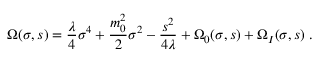
\Omega ( \sigma , s ) = { \frac { \lambda } { 4 } } \sigma ^ { 4 } + { \frac { m _ { 0 } ^ { 2 } } { 2 } } \sigma ^ { 2 } - { \frac { s ^ { 2 } } { 4 \lambda } } + \Omega _ { 0 } ( \sigma , s ) + \Omega _ { I } ( \sigma , s ) \; .